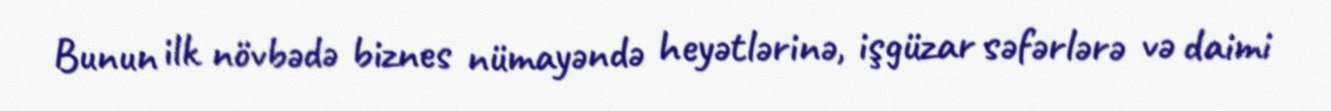
Bunun ilk növbədə biznes nümayəndə heyətlərinə, işgüzar səfərlərə və daimi